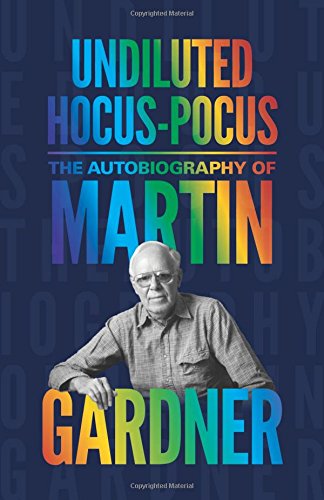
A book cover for Undiluted Hocus-Pocus: The Autobiography of Martin Gardner; Martin Gardner; Humor & Entertainment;